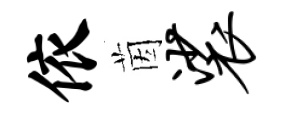
依茵裟